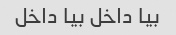
بیا داخل بیا داخل